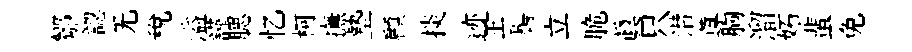
鄒認无稅溢謹腮忆柯撫墊顧掞迹王髻立脆真只潜蓴胸溜妬蜚免